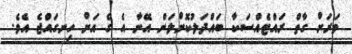
ވަރަށް ގާތް ރައްޓެއްސަކާ ބައްދަލުކޮށްލަން އޭނާ އެ ގެ އަށް ހިނގައްޖެ އެވެ.